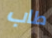
طاب